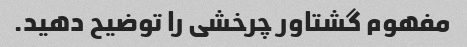
مفهوم گشتاور چرخشی را توضیح دهید.